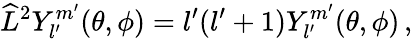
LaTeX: \widehat{L}^{2}Y_{l^{\prime}}^{m^{\prime}}(\theta,\phi)=l^{\prime}(l^{\prime}+1)Y_{l^{\prime}}^{m^{\prime}}(\theta,\phi)\, ,